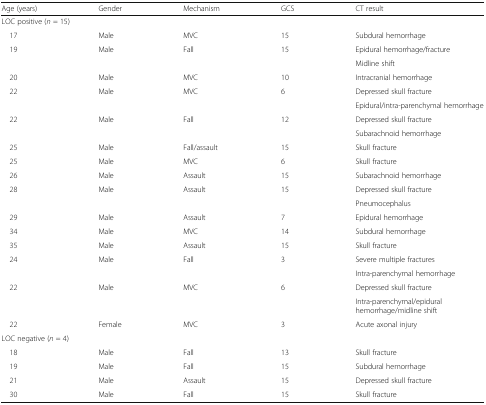
<table><thead><tr><td><b>Age (years)</b></td><td><b>Gender</b></td><td><b>Mechanism</b></td><td><b>GCS</b></td><td><b>CT result</b></td></tr></thead><tbody><tr><td colspan="5">LOC positive (<i>n</i> = 15)</td></tr><tr><td> 17</td><td>Male</td><td>MVC</td><td>15</td><td>Subdural hemorrhage</td></tr><tr><td> 19</td><td>Male</td><td>Fall</td><td>15</td><td>Epidural hemorrhage/fracture</td></tr><tr><td colspan="4"></td><td>Midline shift</td></tr><tr><td> 20</td><td>Male</td><td>MVC</td><td>10</td><td>Intracranial hemorrhage</td></tr><tr><td> 22</td><td>Male</td><td>MVC</td><td>6</td><td>Depressed skull fracture</td></tr><tr><td colspan="4"></td><td>Epidural/intra-parenchymal hemorrhage</td></tr><tr><td> 22</td><td>Male</td><td>Fall</td><td>12</td><td>Depressed skull fracture</td></tr><tr><td colspan="4"></td><td>Subarachnoid hemorrhage</td></tr><tr><td> 25</td><td>Male</td><td>Fall/assault</td><td>15</td><td>Skull fracture</td></tr><tr><td> 25</td><td>Male</td><td>MVC</td><td>6</td><td>Skull fracture</td></tr><tr><td> 26</td><td>Male</td><td>Assault</td><td>15</td><td>Subarachnoid hemorrhage</td></tr><tr><td> 28</td><td>Male</td><td>Assault</td><td>15</td><td>Depressed skull fracture</td></tr><tr><td colspan="4"></td><td>Pneumocephalus</td></tr><tr><td> 29</td><td>Male</td><td>Assault</td><td>7</td><td>Epidural hemorrhage</td></tr><tr><td> 34</td><td>Male</td><td>MVC</td><td>14</td><td>Subdural hemorrhage</td></tr><tr><td> 35</td><td>Male</td><td>Assault</td><td>15</td><td>Skull fracture</td></tr><tr><td> 24</td><td>Male</td><td>Fall</td><td>3</td><td>Severe multiple fractures</td></tr><tr><td colspan="4"></td><td>Intra-parenchymal hemorrhage</td></tr><tr><td> 22</td><td>Male</td><td>MVC</td><td>6</td><td>Depressed skull fracture</td></tr><tr><td colspan="4"></td><td>Intra-parenchymal/epidural hemorrhage/midline shift</td></tr><tr><td> 22</td><td>Female</td><td>MVC</td><td>3</td><td>Acute axonal injury</td></tr><tr><td colspan="5">LOC negative (<i>n</i> = 4)</td></tr><tr><td> 18</td><td>Male</td><td>Fall</td><td>13</td><td>Skull fracture</td></tr><tr><td> 19</td><td>Male</td><td>Fall</td><td>15</td><td>Subdural hemorrhage</td></tr><tr><td> 21</td><td>Male</td><td>Assault</td><td>15</td><td>Depressed skull fracture</td></tr><tr><td> 30</td><td>Male</td><td>Fall</td><td>15</td><td>Skull fracture</td></tr></tbody></table>